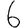
Digit: 6